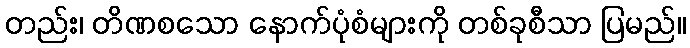
တည်း၊ တိဏစသော နောက်ပုံစံများကို တစ်ခုစီသာ ပြမည်။